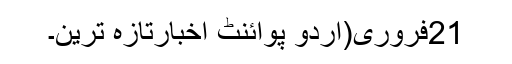
21فروری(اُردو پوائنٹ اخبارتازہ ترین۔